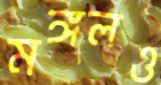
মঙ্গলও